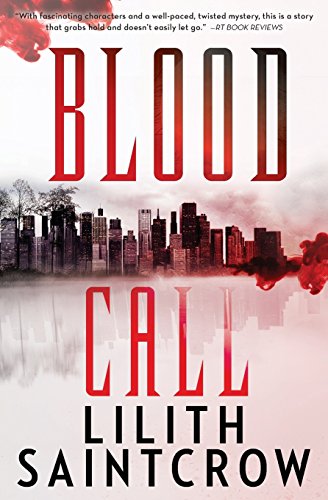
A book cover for Blood Call; Lilith Saintcrow; Romance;